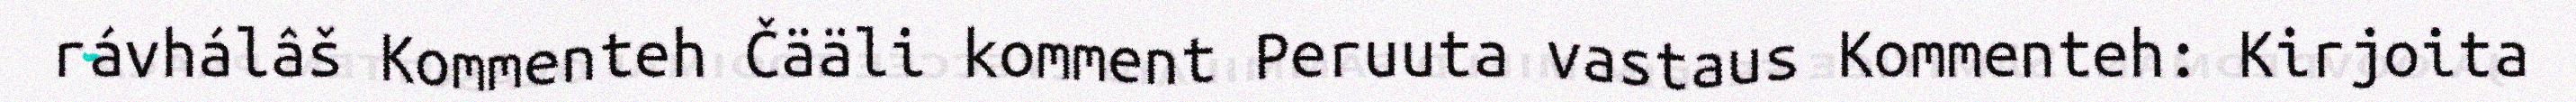
rávhálâš Kommenteh Čääli komment Peruuta vastaus Kommenteh: Kirjoita